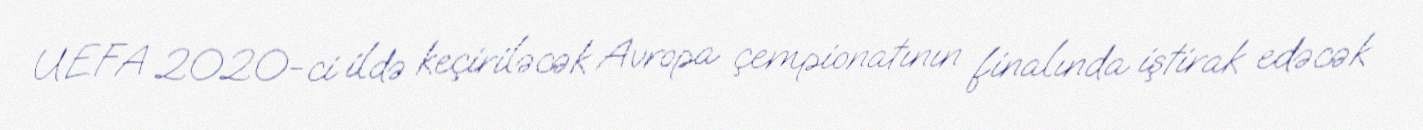
UEFA 2020-ci ildə keçiriləcək Avropa çempionatının finalında iştirak edəcək